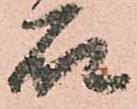
石